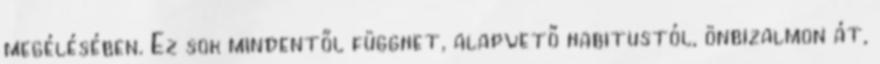
megélésében. Ez sok mindentől függhet, alapvető habitustól, önbizalmon át,